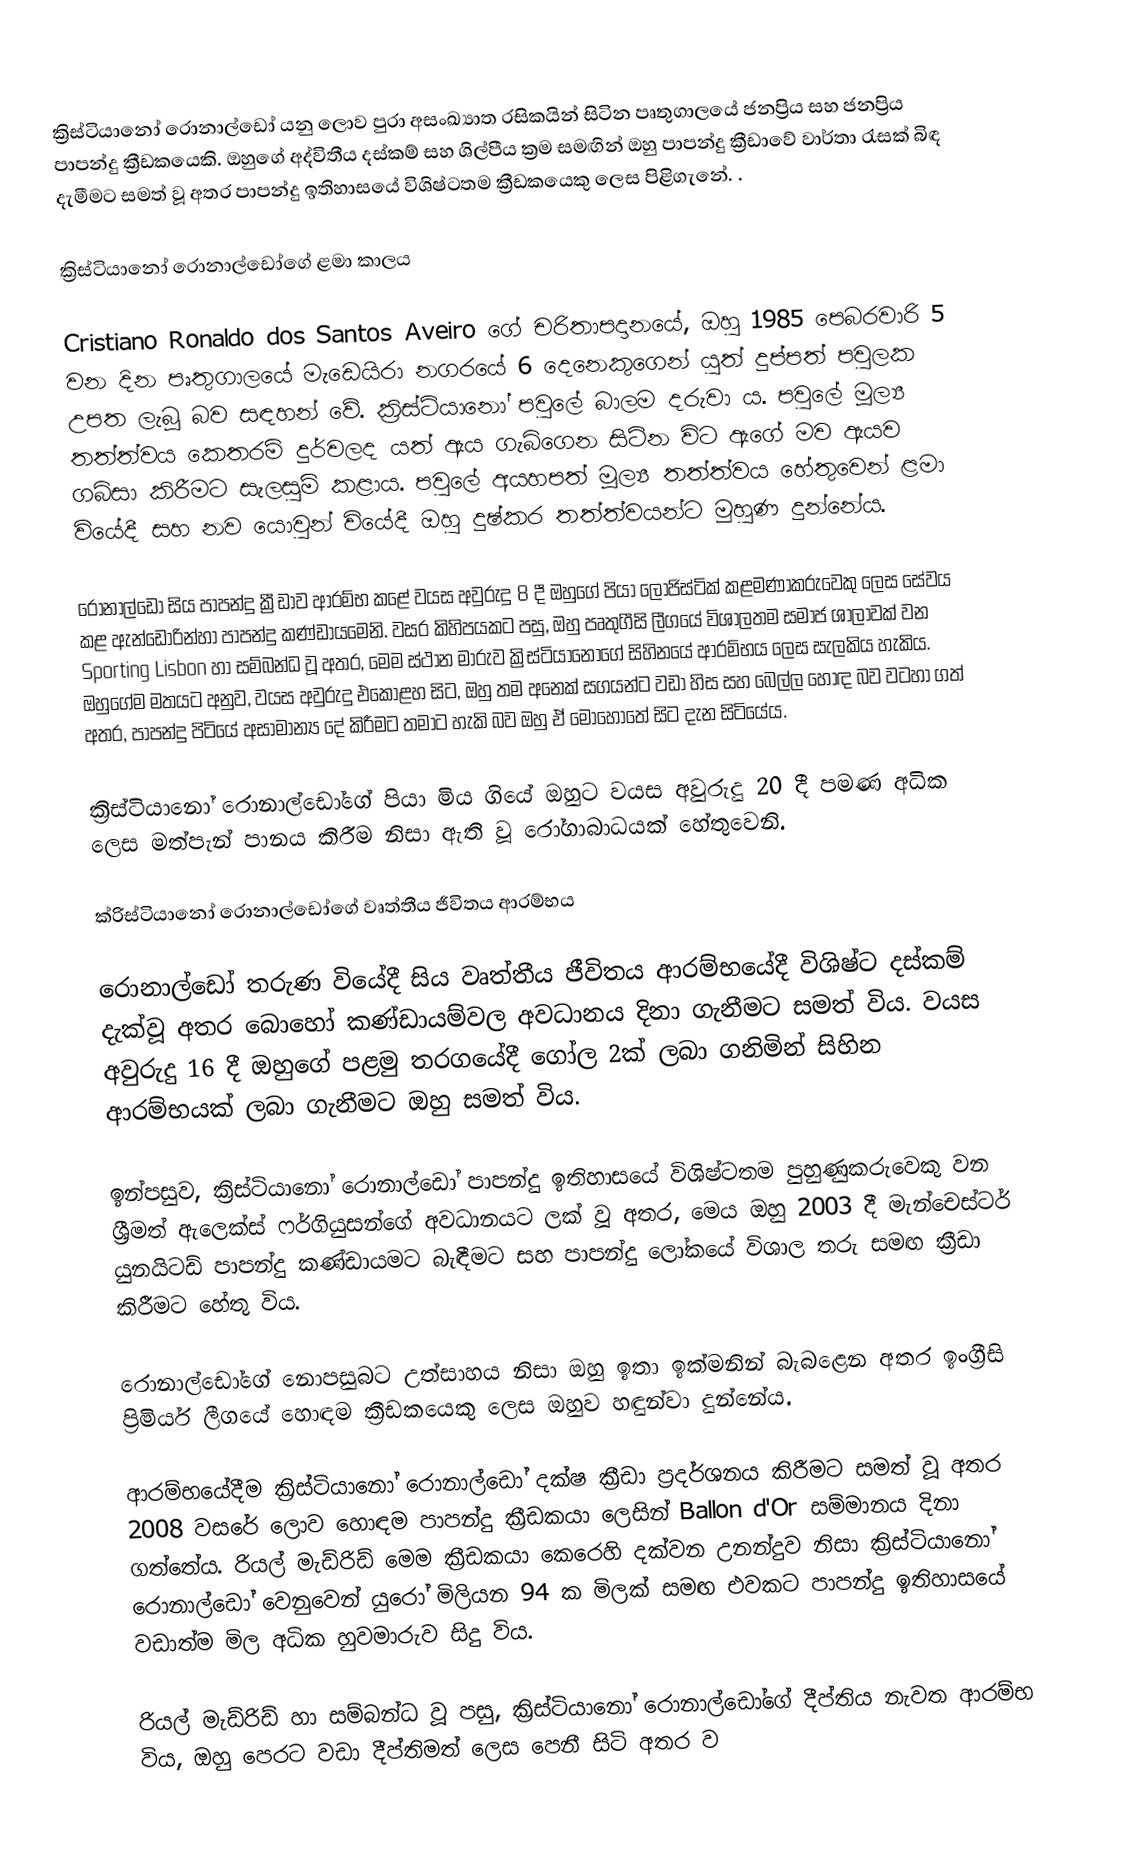
ක්‍රිස්ටියානෝ රොනාල්ඩෝ යනු ලොව පුරා අසංඛ්‍යාත රසිකයින් සිටින පෘතුගාලයේ ජනප්‍රිය සහ ජනප්‍රිය පාපන්දු ක්‍රීඩකයෙකි. ඔහුගේ අද්විතීය දස්කම් සහ ශිල්පීය ක්‍රම සමඟින් ඔහු පාපන්දු ක්‍රීඩාවේ වාර්තා රැසක් බිඳ දැමීමට සමත් වූ අතර පාපන්දු ඉතිහාසයේ විශිෂ්ටතම ක්‍රීඩකයෙකු ලෙස පිළිගැනේ. .

ක්‍රිස්ටියානෝ රොනාල්ඩෝගේ ළමා කාලය

Cristiano Ronaldo dos Santos Aveiro ගේ චරිතාපදානයේ, ඔහු 1985 පෙබරවාරි 5 වන දින පෘතුගාලයේ මැඩෙයිරා නගරයේ 6 දෙනෙකුගෙන් යුත් දුප්පත් පවුලක උපත ලැබූ බව සඳහන් වේ. ක්‍රිස්ටියානෝ පවුලේ බාලම දරුවා ය. පවුලේ මූල්‍ය තත්ත්වය කෙතරම් දුර්වලද යත් ඇය ගැබ්ගෙන සිටින විට ඇගේ මව ඇයව ගබ්සා කිරීමට සැලසුම් කළාය. පවුලේ අයහපත් මූල්‍ය තත්ත්වය හේතුවෙන් ළමා වියේදී සහ නව යොවුන් වියේදී ඔහු දුෂ්කර තත්ත්වයන්ට මුහුණ දුන්නේය.

රොනාල්ඩෝ සිය පාපන්දු ක්‍රීඩාව ආරම්භ කළේ වයස අවුරුදු 8 දී ඔහුගේ පියා ලොජිස්ටික් කළමණාකරුවෙකු ලෙස සේවය කළ ඇන්ඩොරින්හා පාපන්දු කණ්ඩායමෙනි. වසර කිහිපයකට පසු, ඔහු පෘතුගීසි ලීගයේ විශාලතම සමාජ ශාලාවක් වන Sporting Lisbon හා සම්බන්ධ වූ අතර, මෙම ස්ථාන මාරුව ක්‍රිස්ටියානෝගේ සිහිනයේ ආරම්භය ලෙස සැලකිය හැකිය. ඔහුගේම මතයට අනුව, වයස අවුරුදු එකොළහ සිට, ඔහු තම අනෙක් සගයන්ට වඩා හිස සහ බෙල්ල හොඳ බව වටහා ගත් අතර, පාපන්දු පිටියේ අසාමාන්‍ය දේ කිරීමට තමාට හැකි බව ඔහු ඒ මොහොතේ සිට දැන සිටියේය.

ක්‍රිස්ටියානෝ රොනාල්ඩෝගේ පියා මිය ගියේ ඔහුට වයස අවුරුදු 20 දී පමණ අධික ලෙස මත්පැන් පානය කිරීම නිසා ඇති වූ රෝගාබාධයක් හේතුවෙනි.

ක්රිස්ටියානෝ රොනාල්ඩෝගේ වෘත්තීය ජීවිතය ආරම්භය

රොනාල්ඩෝ තරුණ වියේදී සිය වෘත්තීය ජීවිතය ආරම්භයේදී විශිෂ්ට දස්කම් දැක්වූ අතර බොහෝ කණ්ඩායම්වල අවධානය දිනා ගැනීමට සමත් විය. වයස අවුරුදු 16 දී ඔහුගේ පළමු තරගයේදී ගෝල 2ක් ලබා ගනිමින් සිහින ආරම්භයක් ලබා ගැනීමට ඔහු සමත් විය.

ඉන්පසුව, ක්‍රිස්ටියානෝ රොනාල්ඩෝ පාපන්දු ඉතිහාසයේ විශිෂ්ටතම පුහුණුකරුවෙකු වන ශ්‍රීමත් ඇලෙක්ස් ෆර්ගියුසන්ගේ අවධානයට ලක් වූ අතර, මෙය ඔහු 2003 දී මැන්චෙස්ටර් යුනයිටඩ් පාපන්දු කණ්ඩායමට බැඳීමට සහ පාපන්දු ලෝකයේ විශාල තරු සමඟ ක්‍රීඩා කිරීමට හේතු විය.

රොනාල්ඩෝගේ නොපසුබට උත්සාහය නිසා ඔහු ඉතා ඉක්මනින් බැබළෙන අතර ඉංග්‍රීසි ප්‍රිමියර් ලීගයේ හොඳම ක්‍රීඩකයෙකු ලෙස ඔහුව හඳුන්වා දුන්නේය.

ආරම්භයේදීම ක්‍රිස්ටියානෝ රොනාල්ඩෝ දක්ෂ ක්‍රීඩා ප්‍රදර්ශනය කිරීමට සමත් වූ අතර 2008 වසරේ ලොව හොඳම පාපන්දු ක්‍රීඩකයා ලෙසින් Ballon d'Or සම්මානය දිනා ගත්තේය. රියල් මැඩ්රිඩ් මෙම ක්‍රීඩකයා කෙරෙහි දක්වන උනන්දුව නිසා ක්‍රිස්ටියානෝ රොනාල්ඩෝ වෙනුවෙන් යුරෝ මිලියන 94 ක මිලක් සමඟ එවකට පාපන්දු ඉතිහාසයේ වඩාත්ම මිල අධික හුවමාරුව සිදු විය.

රියල් මැඩ්රිඩ් හා සම්බන්ධ වූ පසු, ක්‍රිස්ටියානෝ රොනාල්ඩෝගේ දීප්තිය නැවත ආරම්භ විය, ඔහු පෙරට වඩා දීප්තිමත් ලෙස පෙනී සිටි අතර ව